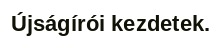
Újságírói kezdetek.